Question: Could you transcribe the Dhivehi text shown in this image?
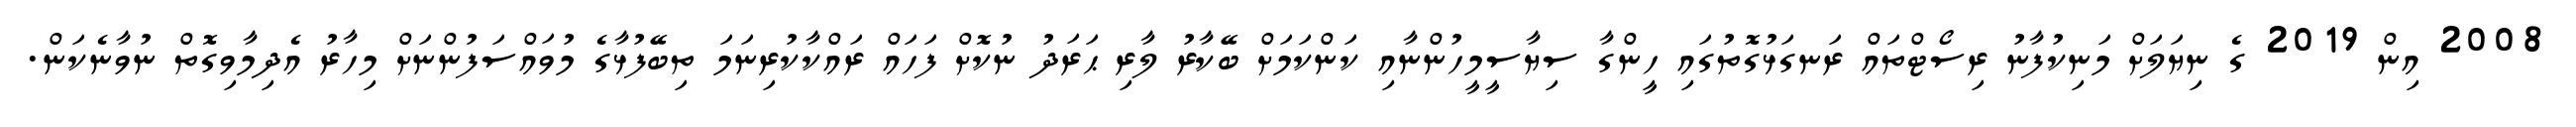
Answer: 2008 އިން 2019 ގެ ނިޔަލަށް މަނިކުފާނު ރިސޯޓްތައް ރަނގަޅުގޮތުގައި ހީންގާ ސިޔާސީމީހުންނާއި ކަންކަމަށް ބޭކާރު ލާރި ޙަރަދު ނުކޮށް ފަހައް ރައްކާކުރިނަމަ ތިބޭފުޅާގެ މުވައްސަފުންނަށް މިހާރު އެދިމާވިގޮތް ނުވާނެކަން.